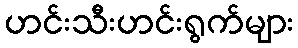
ဟင်းသီးဟင်းရွက်များ